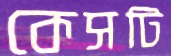
কেসটি